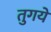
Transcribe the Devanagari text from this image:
तुगये